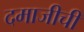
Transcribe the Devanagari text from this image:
दमाजीची